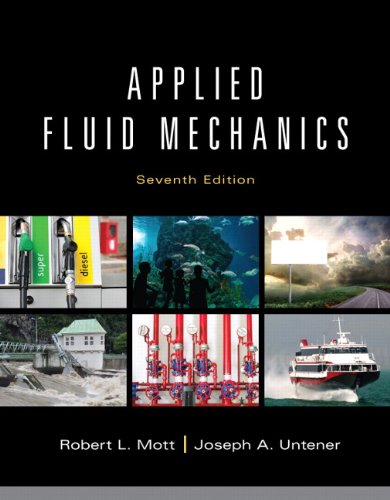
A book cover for Applied Fluid Mechanics (7th Edition); Robert L. Mott; Science & Math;